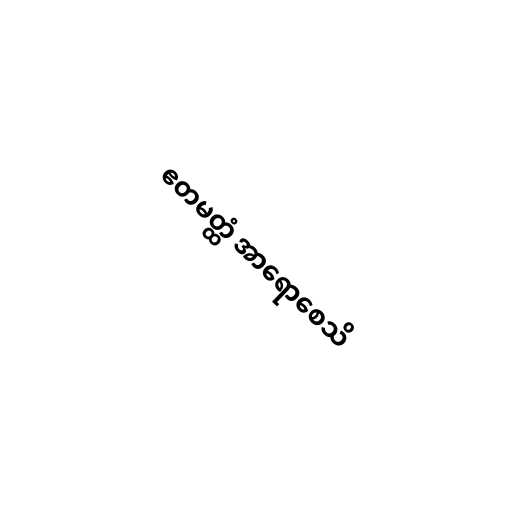
ဧတမတ္ထံ အာရောစေသိ